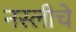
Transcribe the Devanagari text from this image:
नस्लीचे